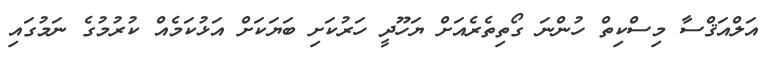
އަލްއަޤްސާ މިސްކިތް ހުންނަ ގޯތިތެރެއަށް ޔަހޫދީ ހަރުކަށި ބަޔަކަށް އަޅުކަމެއް ކުރުމުގެ ނަމުގައި